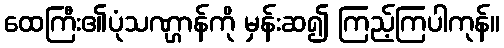
ထေကြီး၏ပုံသဏ္ဌာန်ကို မှန်းဆ၍ ကြည့်ကြပါကုန်။